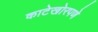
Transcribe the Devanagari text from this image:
काटेखोरपणे